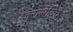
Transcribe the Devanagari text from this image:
जुरासेविच